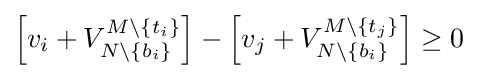
\left[v_{i}+V_{N\setminus \{b_{i}\}}^{M\setminus \{t_{i}\}}\right]-\left[v_{j}+V_{N\setminus \{b_{i}\}}^{M\setminus \{t_{j}\}}\right]\geq 0